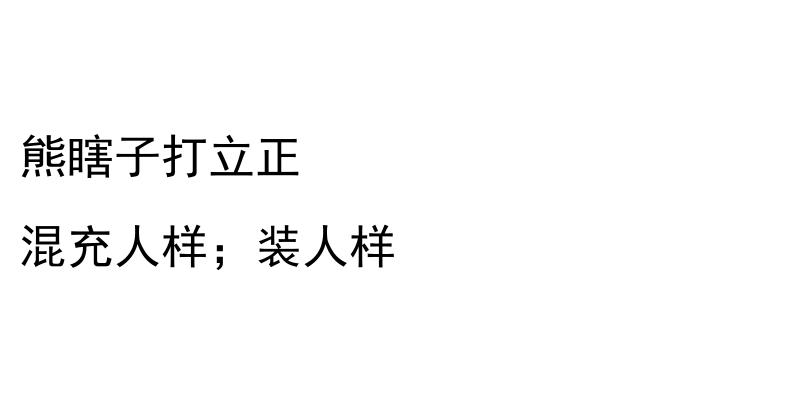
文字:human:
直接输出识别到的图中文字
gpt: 熊瞎子打立正 混充人样；装人样